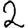
Digit: 2